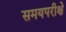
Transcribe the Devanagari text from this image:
समयपरीक्षे